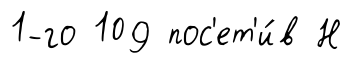
1-го 109 пос'ет'и́в Н